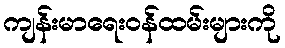
ကျန်းမာရေးဝန်ထမ်းများကို